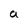
Character: a